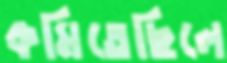
কমিতেছিলে